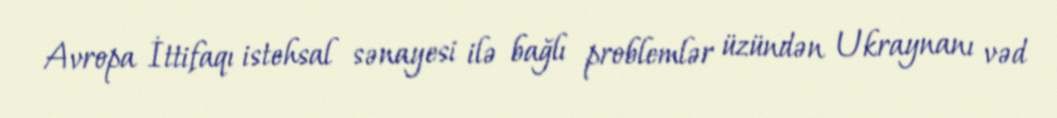
Avropa İttifaqı istehsal sənayesi ilə bağlı problemlər üzündən Ukraynanı vəd